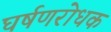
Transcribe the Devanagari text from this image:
घर्षणरोधक